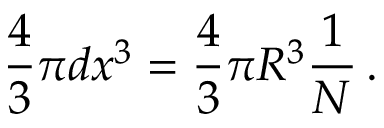
\frac { 4 } { 3 } \pi d x ^ { 3 } = \frac { 4 } { 3 } \pi R ^ { 3 } \frac { 1 } { N } \, .